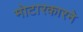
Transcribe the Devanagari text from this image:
मोटारकारने